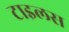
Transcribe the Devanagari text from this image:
टाइलस